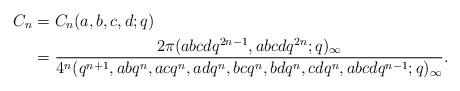
LaTeX: \begin{align*}C_n&=C_n(a,b,c,d;q) \\&=\frac{2\pi(abcdq^{2n-1},abcdq^{2n};q)_\infty}{4^n(q^{n+1},abq^n,acq^n,adq^n,bcq^n,bdq^n,cdq^n,abcdq^{n-1};q)_\infty}. \end{align*}